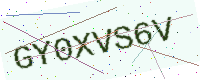
Text: GY0XVS6V